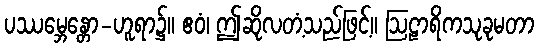
ပဿမ္ဘေန္တော-ဟူရာ၌။ ဧဝံ၊ ဤဆိုလတံ့သည်ဖြင့်။ ဩဠာရိကသုခုမတာ